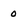
Character: 0